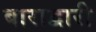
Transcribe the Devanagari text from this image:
बाराद्वारी